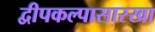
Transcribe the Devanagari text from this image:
द्वीपकल्पासारखा